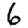
Digit: 6